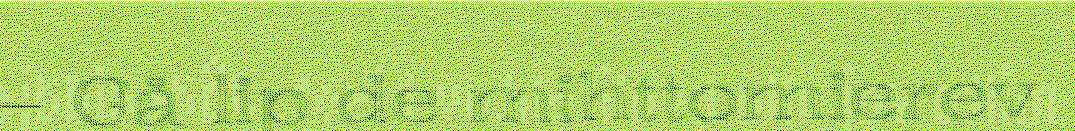
– Gå lip de mihttomierev